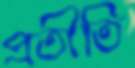
প্রতীতি